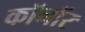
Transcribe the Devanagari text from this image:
कॉनॉर